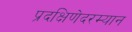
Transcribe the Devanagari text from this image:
प्रदक्षिणेदरम्यान